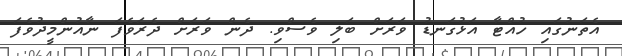
އެތަނުގައި ހުއްޓާ އަޅުގަނޑު ވަރަށް ބަލި ވެސްވި. ދެން ވަރަށް ދެރަވެފަ ނާއުންމީދުވެފަ